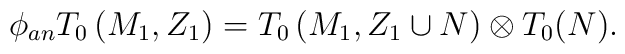
\phi_{an}T_0\left(M_1,Z_1\right)=T_0\left(M_1,Z_1\cup N\right)\otimes T_0(N).